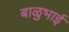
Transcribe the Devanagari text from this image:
बाळुभाई